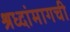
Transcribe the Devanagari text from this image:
श्रध्दांमागची